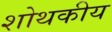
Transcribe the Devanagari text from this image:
शोथकीय